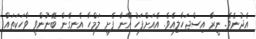
އެދުނެވެ. ނީރާ އިސްޖަހާލިއެވެ. އެއަށްފަހު އޭނާ ފެށީ ލަމްހާ އެނގެން ބޭނުންވީ ވާހަކަތައް